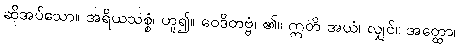
ဆိုအပ်သော။ အရိယသစ္စံ၊ ဟူ၍။ ဝေဒိတဗ္ဗံ၊ ၏။ ဣတိ အယံ၊ လျှင်။ အတ္ထော၊